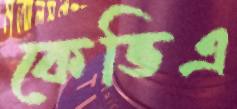
কেভিএ